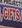
gifts